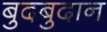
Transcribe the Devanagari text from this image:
बुदबुदान